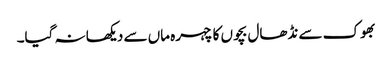
بھوک سے نڈھال بچوں کا چہرہ ماں سے دیکھا نہ گیا۔